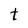
Character: t